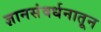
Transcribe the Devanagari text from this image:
ज्ञानसंवर्धनातून